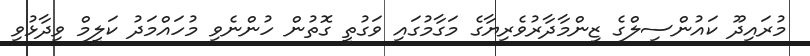
މުރައިދޫ ކައުންސިލްގެ ޒިންމާދާރުވެރިޔާގެ މަގާމުގައި ވަގުތީ ގޮތުން ހުންނެވި މުހައްމަދު ކަލީމް ވިދާޅުވި